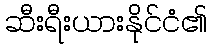
ဆီးရီးယားနိုင်ငံ၏